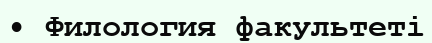
• Филология факультеті